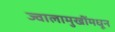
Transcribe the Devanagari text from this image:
ज्वालामुखींमधून